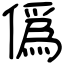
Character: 僞